Indian Medical Review
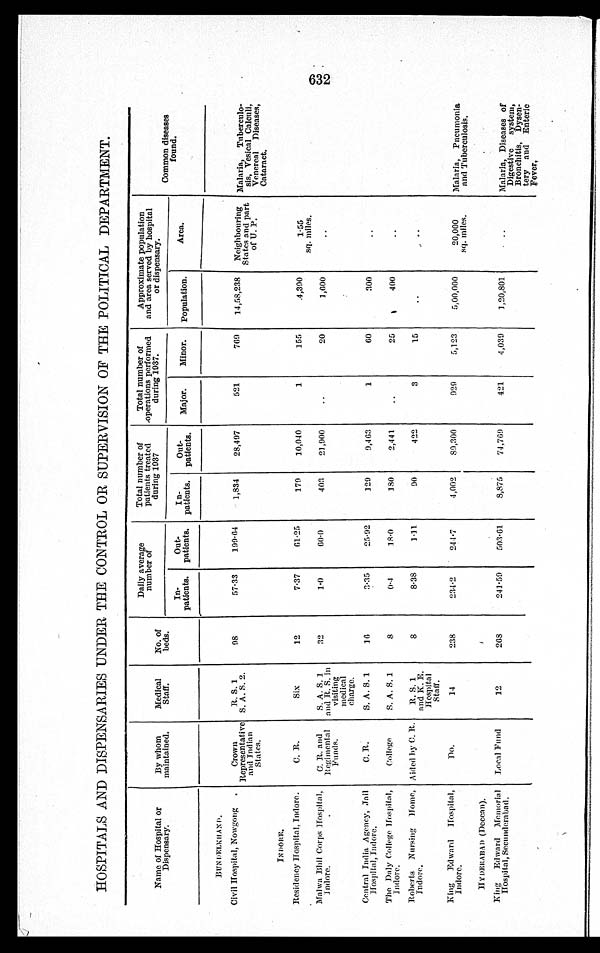
HOSPITALS AND DISPENSARIES UNDER THE CONTROL OR SUPERVISION OF THE POLITICAL DEPARTMENT.
Name of Hospital or
Dispensary.
By whom
maintained.
Medical
Staff.
No. of
beds.
Daily average
number of
Total number of
patients treated
during 1937
Total number of
operations performed
during 1937.
Approximate population
and area served by hospital
or dispensary.
Common diseases
found.
In-
patients.
Out-
patients.
In-
patients.
Out-
patients. Major.
Minor. Population.
Area.
BUNDELKHAND.
Civil Hospital, Nowgong
Crown
Representative
and Indian
States.
R. S. 1
S. A. S. 2.
98
57.33
199.64
1,834
28,497
521
769
14,58,238 Neighbouring
States and part
of U. P.
Malaria, Tuberculo
sis, Vesical Calculi,
Venereal Diseases,
Cataract.
INDORE.
Residency Hospital, Indore.
C. R.
Six
12
7.37
61.25
179
10,040
1
155
4,390
1.55
sq. miles.
Malwa Bhil Corps Hospital,
I n d o r e .
C. R. and
Regimental
Funds.
S. A. S. 1.
and R. S. in
visiting
medical
charge.
32
1.0
60.0
403
21,900
20
1,600
Central India Agency, Jail
H o s p i t a l , I n d o r e .
C . R .
S. A. S. 1
16
3.35
25.92
129
9,463
1
60
300
The Daly College Hospital,
I n d o r e .
College
S. A. S. 1
8
0.4
18.0
180
2,441
25
400
Roberts Nursing Home,
Indore.
Aided by C. R. R. S. 1
and K. E.
Hospital
Staff.
8
8.38
1.11
90
422
3
15
King Edward Hospital,
I n d o r e .
Do.
14
238
234.2
244.7
4,002
89,300
929
5,123
5,00,000
20,000
sq. miles.
Malaria, Pneumonia
and Tuberculosis.
HYDERABAD (Deccan).
King Edward Memorial
Hospi t al , Secunderabad.
Local Fund
12
268
241.59
503.61
8,875
74,769
421
4,039
1,20,801
Malaria, Diseases of
Digestive system,
Bronchitis, Dysen-
tery and Enteric
Fever,
632